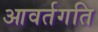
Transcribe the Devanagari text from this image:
आवर्तगति